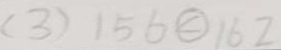
( 3 ) 1 5 6 \textcircled { < } 1 6 2